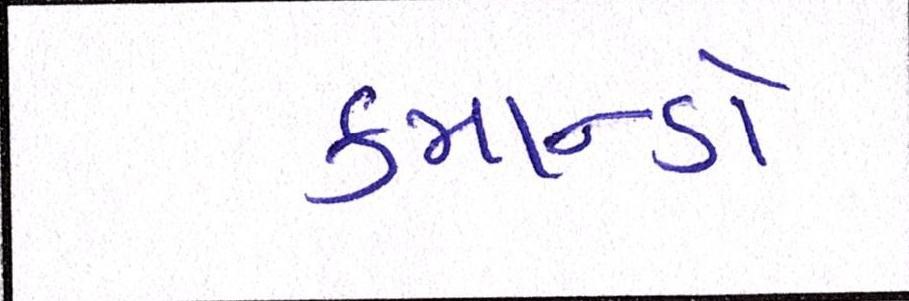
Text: કમાન્ડો